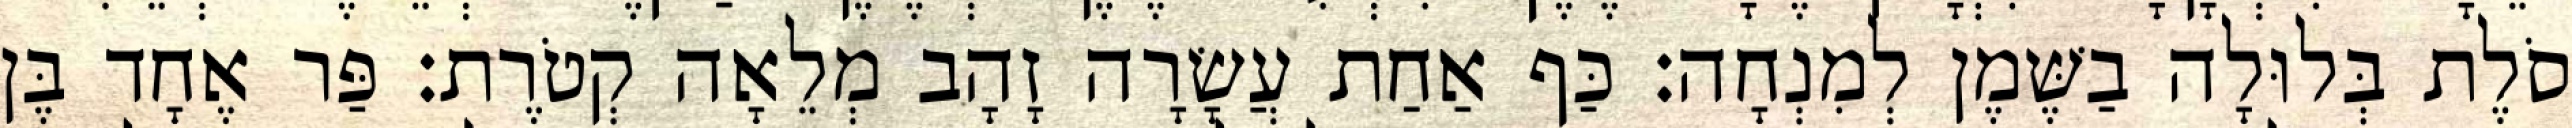
סֹלֶת בְּלוּלָה בַשֶּׁמֶן לְמִנְחָה׃ כַּף אַחַת עֲשָׂרָה זָהָב מְלֵאָה קְטֹרֶת׃ פַּר אֶחָד בֶּן